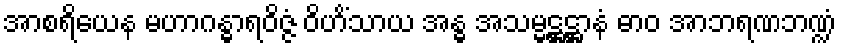
အာစရိယေန မဟာဂန္ဓာရဝိဇ္ဇံ ဝိဟိံသာယ အန္ဓ အသမ္မဋ္ဌဋ္ဌာနံ ဓာဝ အာဘရဏဘဏ္ဍံ